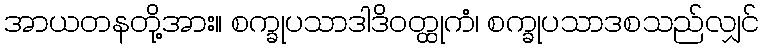
အာယတနတို့အား။ စက္ခုပသာဒါဒိဝတ္ထုကံ၊ စက္ခုပသာဒစသည်လျှင်